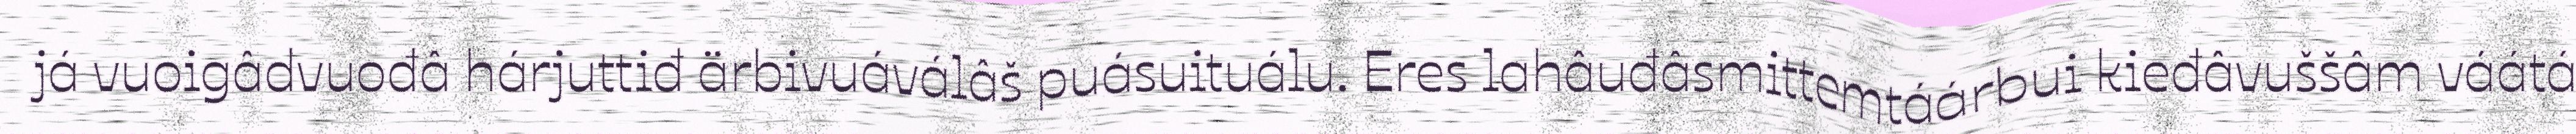
já vuoigâdvuođâ hárjuttiđ ärbivuáválâš puásuituálu. Eres lahâuđâsmittemtáárbui kieđâvuššâm váátá